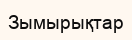
Зымырықтар